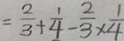
= \frac { 2 } { 3 } + \frac { 1 } { 4 } - \frac { 2 } { 3 } \times \frac { 1 } { 4 }